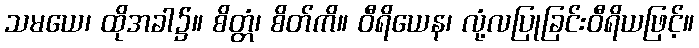
သမယေ၊ ထိုအခါ၌။ စိတ္တံ၊ စိတ်ကိ။ ဝီရိယေန၊ လုံ့လပြုခြင်းဝီရိယဖြင့်။